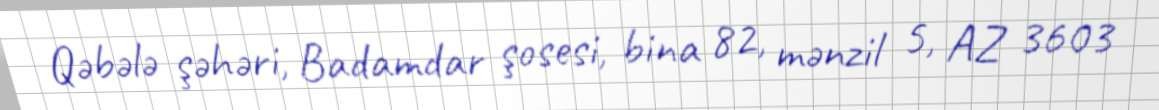
Qəbələ şəhəri, Badamdar şosesi, bina 82, mənzil 5, AZ 3603